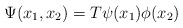
\begin{align*}\Psi(x_1,x_2)=T\psi(x_1)\phi(x_2) \end{align*}